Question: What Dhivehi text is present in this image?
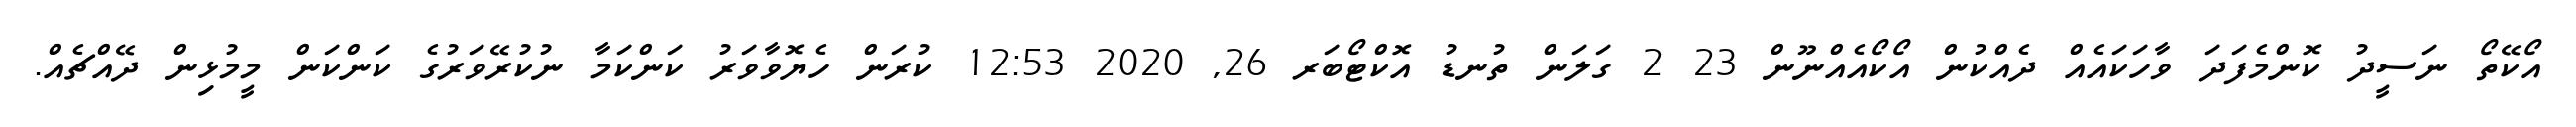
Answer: އޯކޭތޯ ނަސީދު ކޮންމެފަދަ ވާހަކައެއް ދެއްކުން އޯކޯއެއްނޫން 23 2 ގަލަން ތުނޑު އޮކްޓޯބަރ 26, 2020 12:53 ކުރަން ހެޔޮވާވަރު ކަންކަމާ ނުކުރޭވަރުގެ ކަންކަން މީމުޅިން ދޭއްޗެއް.